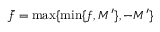
\bar { f } = \operatorname* { m a x } \{ \operatorname* { m i n } \{ f , M ^ { \prime } \} , - M ^ { \prime } \}